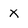
Character: X